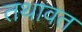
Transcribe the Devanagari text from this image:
तथावत